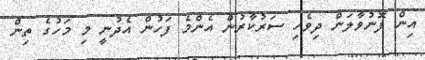
އިން ފޮނުވާލަން ދިވެހި ސަރުކާރުން އެންމެ ފަހުން އެދުނީ މި މަހުގެ ތިން